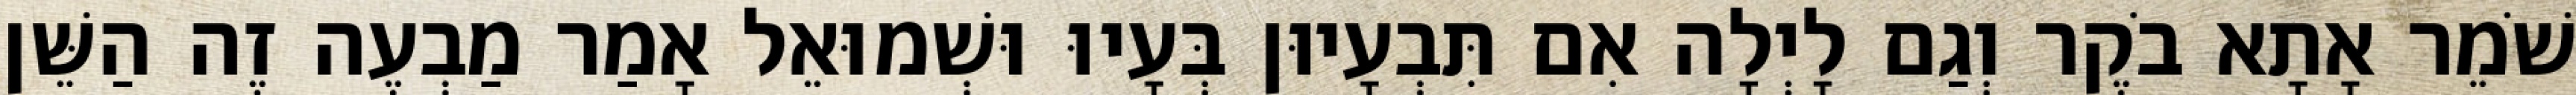
שֹׁמֵר אָתָא בֹקֶר וְגַם לָיְלָה אִם תִּבְעָיוּן בְּעָיוּ וּשְׁמוּאֵל אָמַר מַבְעֶה זֶה הַשֵּׁן